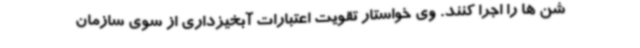
شن ها را اجرا کنند. وی خواستار تقویت اعتبارات آبخیزداری از سوی سازمان